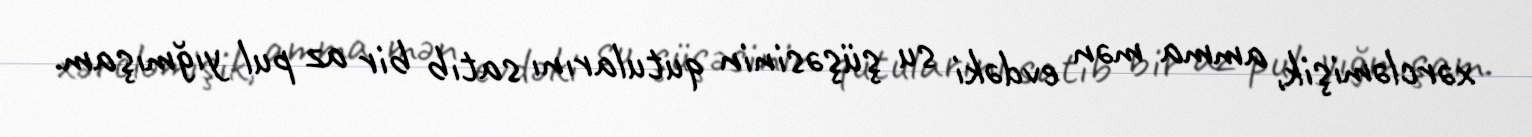
xərcləmişik, amma mən evdəki su şüşəsinin qutularını satıb bir az pul yığmışam.